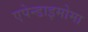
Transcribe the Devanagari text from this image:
एपेन्डाइमोमा